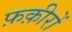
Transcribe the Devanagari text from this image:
फ़क़ीरों